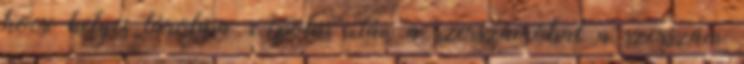
kocsi helyes tárolása Ápolás után a szerszámokat a szerszám